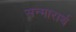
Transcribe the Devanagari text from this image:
सन्मारार्थ